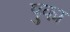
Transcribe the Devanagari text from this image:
पुका